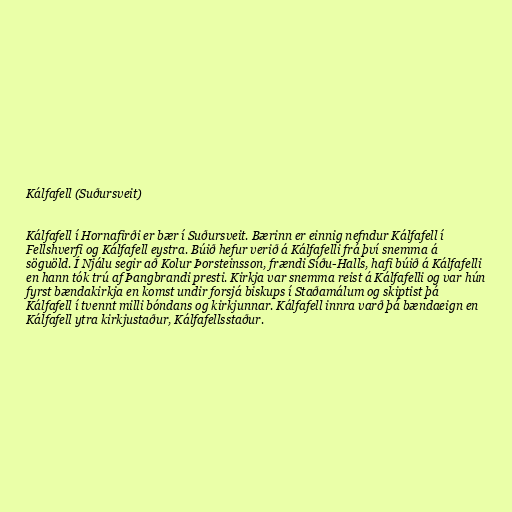
Kálfafell (Suðursveit)

Kálfafell í Hornafirði er bær í Suðursveit. Bærinn er einnig nefndur Kálfafell í
Fellshverfi og Kálfafell eystra. Búið hefur verið á Kálfafelli frá því snemma á
söguöld. Í Njálu segir að Kolur Þorsteinsson, frændi Síðu-Halls, hafi búið á Kálfafelli
en hann tók trú af Þangbrandi presti. Kirkja var snemma reist á Kálfafelli og var hún
fyrst bændakirkja en komst undir forsjá biskups í Staðamálum og skiptist þá
Kálfafell í tvennt milli bóndans og kirkjunnar. Kálfafell innra varð þá bændaeign en
Kálfafell ytra kirkjustaður, Kálfafellsstaður.